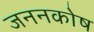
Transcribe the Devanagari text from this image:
जननकोष